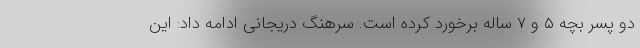
دو پسر بچه ۵ و ۷ ساله برخورد کرده است. سرهنگ دریجانی ادامه داد: این